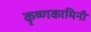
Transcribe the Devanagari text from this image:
कृष्णकामिनी